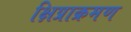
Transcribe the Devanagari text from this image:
क्षिप्राक्रमण